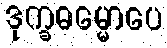
ဒုက္ခဓမ္မောပေ